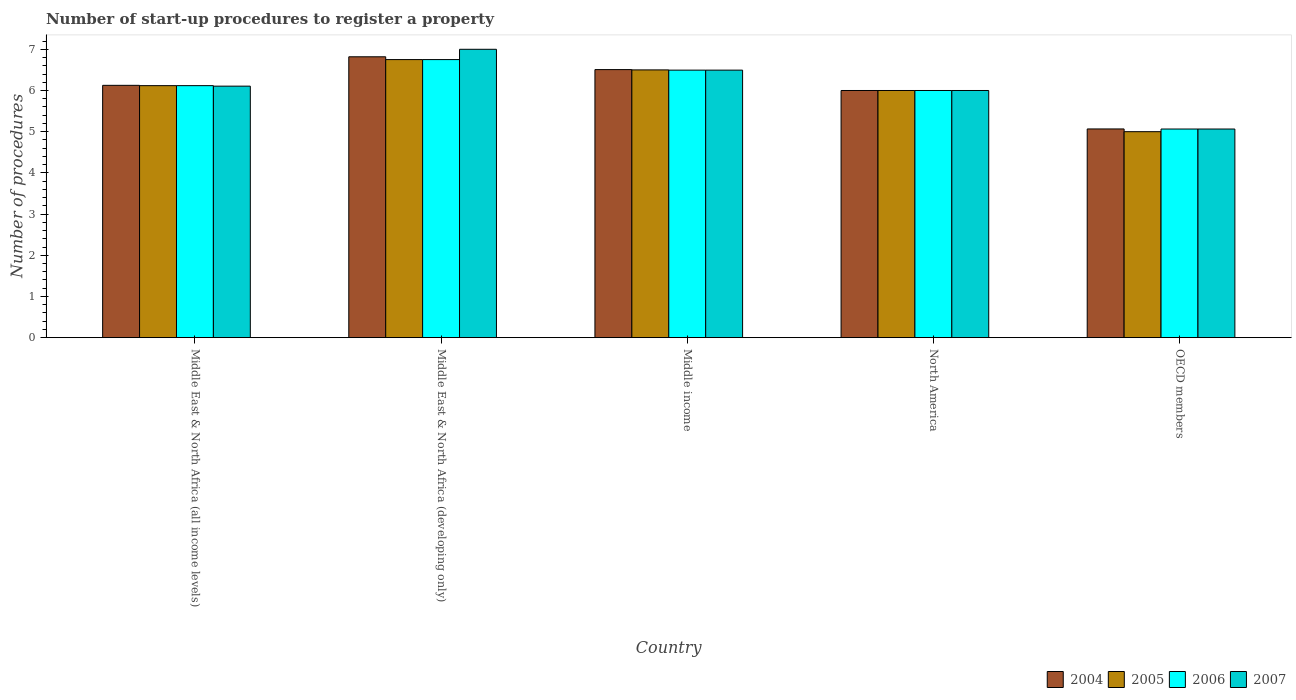
| Country | 2004 | 2005 | 2006 | 2007 |
 | --- | --- | --- | --- | --- |
 | Middle East & North Africa (all income levels) | 6.12 | 6.12 | 6.12 | 6.11 |
 | Middle East & North Africa (developing only) | 6.82 | 6.75 | 6.75 | 7 |
 | Middle income | 6.51 | 6.5 | 6.49 | 6.49 |
 | North America | 6 | 6 | 6 | 6 |
 | OECD members | 5.07 | 5 | 5.06 | 5.06 |